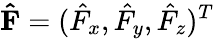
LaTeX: \mathbf{\hat{F}}=(\hat{F}_{x},\hat{F}_{y},\hat{F}_{z})^{T}